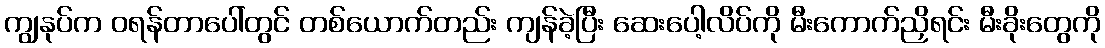
ကျွနုပ်က ဝရန်တာပေါ်တွင် တစ်ယောက်တည်း ကျန်ခဲ့ပြီး ဆေးပေါ့လိပ်ကို မီးကောက်ညှိရင်း မီးခိုးတွေကို